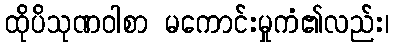
ထိုပိသုဏဝါစာ မကောင်းမှုကံ၏လည်း၊